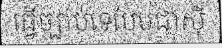
ធ្វើច្បាប់ទេបែបជាស៊ី